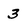
Character: 3